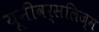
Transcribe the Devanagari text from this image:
यूनीवर्सलिज्म